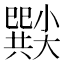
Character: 𡮸